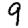
Digit: 9